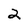
Character: 2